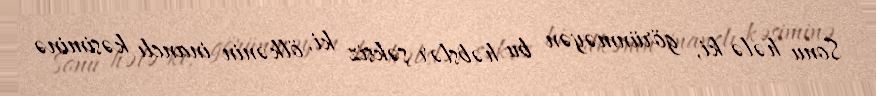
Sonu hələ ki, görünməyən bu həbslər şəksiz ki, ölkənin inanclı kəsiminə